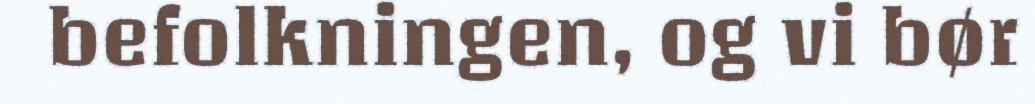
befolkningen, og vi bør